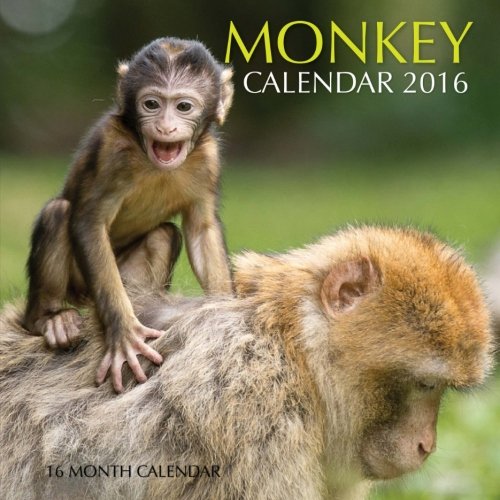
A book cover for Monkey Calendar 2016: 16 Month Calendar; Jack Smith; Calendars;